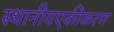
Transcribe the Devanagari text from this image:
स्थानीयएकीकरण